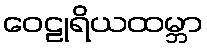
ဝေဠုရိယထမ္ဘာ